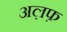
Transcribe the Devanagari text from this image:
अल़फ़